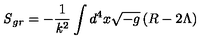
{ \it S } _ { g r } = - \frac { 1 } { { \it k } ^ { 2 } } \int d ^ { 4 } x \sqrt { - g } \left( R - 2 \Lambda \right)